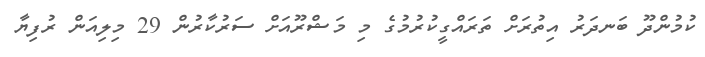
ކުމުންދޫ ބަނދަރު އިތުރަށް ތަރައްގީކުރުމުގެ މި މަޝްރޫއަށް ސަރުކާރުން 29 މިލިއަން ރުފިޔާ